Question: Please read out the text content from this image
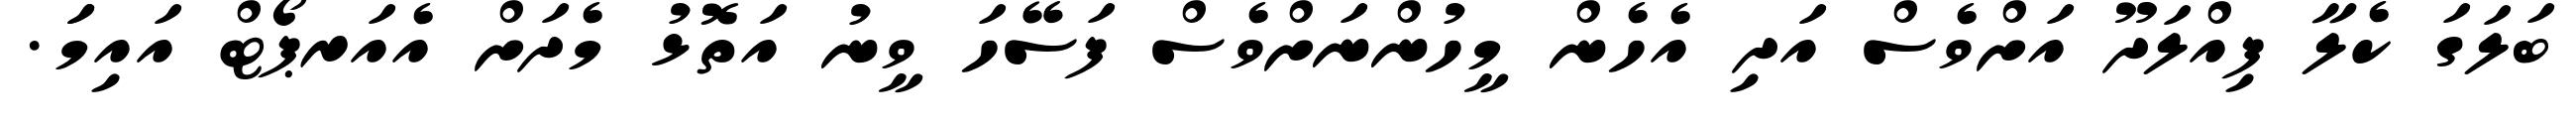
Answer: ބަލަގަ ކެލާ ފިއްލަދޫ އަށްވެސް އަދި އެހެން މީހުންނަށްވެސް ފަސޭހަ ވީނު އަތޮޅު މެދަށް އެއަރޕޯޓް އައިމަަ.